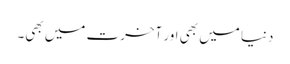
دنیا میں بھی اور آخرت میں بھی۔